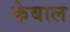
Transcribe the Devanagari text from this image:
केबाल